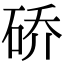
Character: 硚